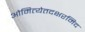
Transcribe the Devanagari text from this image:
ओमित्येतदक्षरमिद